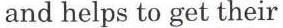
and helps to get their